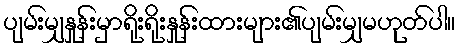
ပျမ်းမျှနှုန်းမှာရိုးရိုးနှုန်းထားများ၏ပျမ်းမျှမဟုတ်ပါ။